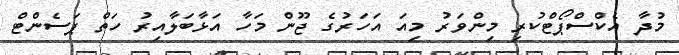
މުދާ އެކްސްޕޯޓްކުރި މިންވަރު މިއަ އަހަރުގެ ޖޫން މަހާ އަޅާބަލާއިރު ހަތް ޕަސެންޓް